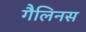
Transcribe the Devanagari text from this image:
गैलिनस